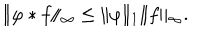
LaTeX: \Vert \varphi * f \Vert _ { \infty } \leq \Vert \varphi \Vert _ { 1 } \Vert f \Vert _ { \infty } .